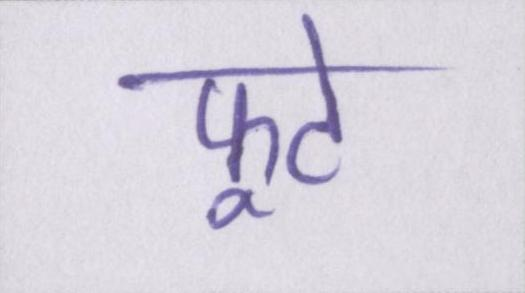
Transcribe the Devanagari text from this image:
फूटे